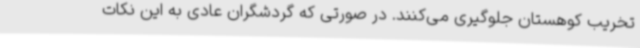
تخریب کوهستان جلوگیری می‌کنند. در صورتی که گردشگران عادی به این نکات